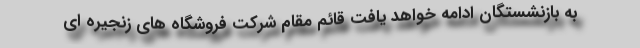
به بازنشستگان ادامه خواهد یافت قائم مقام شرکت فروشگاه های زنجیره ای